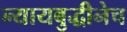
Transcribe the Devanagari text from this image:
न्यायबुद्धीनेच